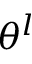
\theta ^ { l }